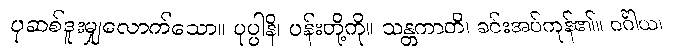
ပုဆစ်ဒူးမျှလောက်သော။ ပုပ္ပါနိ၊ ပန်းတို့ကို။ သန္တကာတိ၊ ခင်းအပ်ကုန်၏။ ဂင်္ဂါယ၊